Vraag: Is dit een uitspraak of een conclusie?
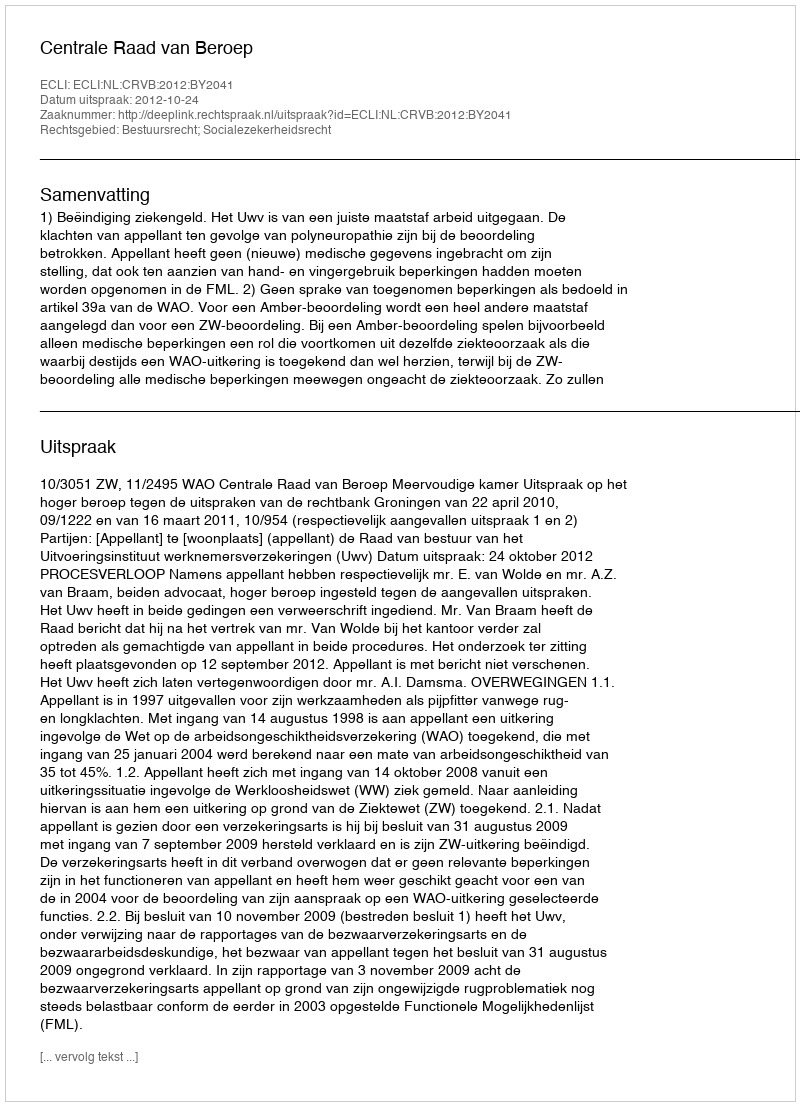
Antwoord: Uitspraak